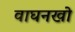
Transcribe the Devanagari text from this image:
वाघनखो